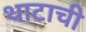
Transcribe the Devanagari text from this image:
थाटाची